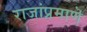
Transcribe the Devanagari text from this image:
राजांप्रमाणॆ